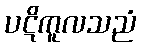
ပဋိကူလသညံ